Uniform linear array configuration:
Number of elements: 12
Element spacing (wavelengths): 0.5
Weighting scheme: hann
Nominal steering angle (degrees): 0
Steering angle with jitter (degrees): -0.1352
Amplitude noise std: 0.05
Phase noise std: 0.05

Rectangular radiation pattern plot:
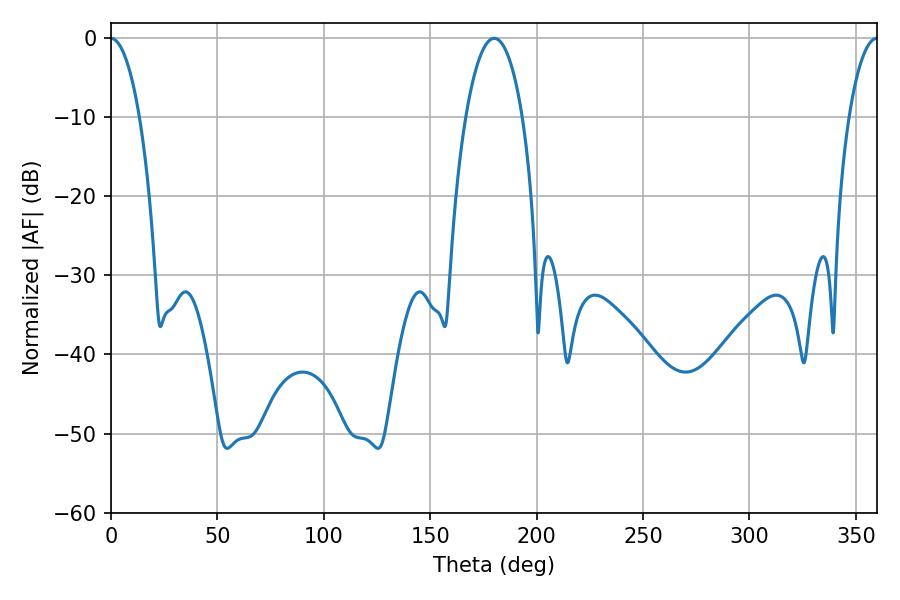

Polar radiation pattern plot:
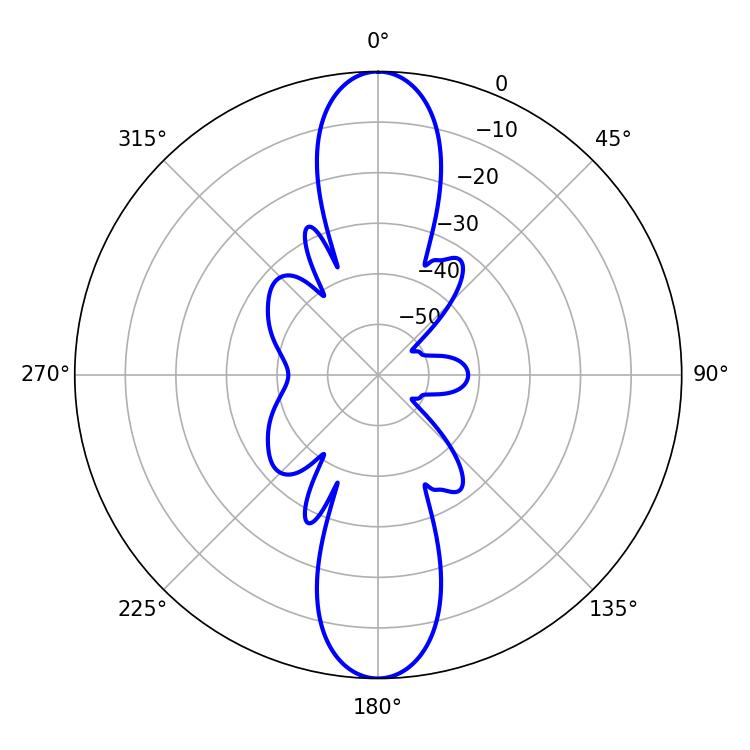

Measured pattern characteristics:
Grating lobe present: FALSE
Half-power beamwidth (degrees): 7.38
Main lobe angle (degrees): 0